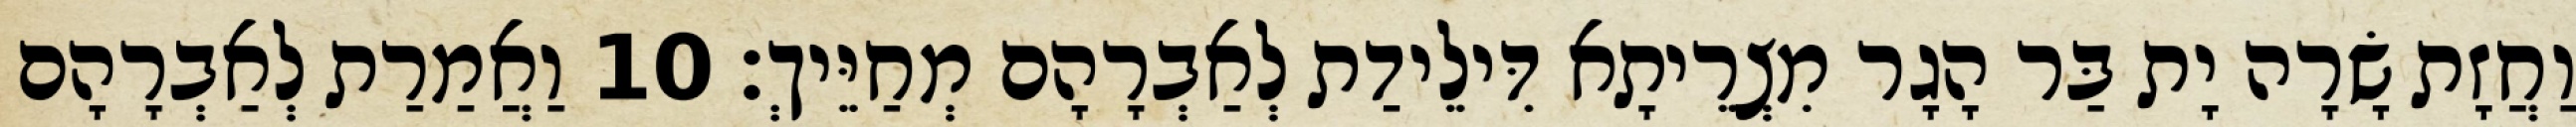
וַחֲזָת שָׂרָה יָת בַּר הָגָר מִצְרֵיתָא דִּילֵידַת לְאַבְרָהָם מְחַיֵּיךְ׃ 10 וַאֲמַרַת לְאַבְרָהָם